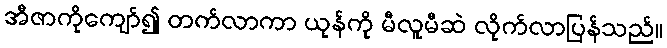
အီဇာကိုကျော်၍ တက်လာကာ ယုန်ကို မီလူမီဆဲ လိုက်လာပြန်သည်။